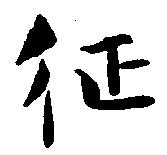
征